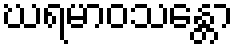
ဃရမာဝသန္တော